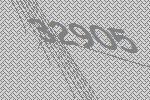
32905